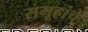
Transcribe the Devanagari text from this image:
समूहांचे